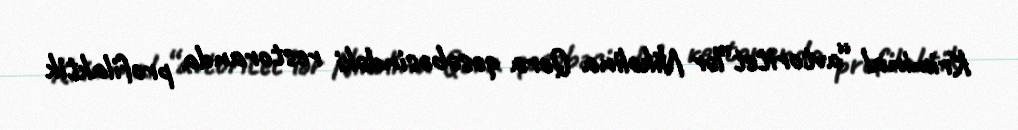
Kriminal “avtoritet”lər Nikolina Qora qəsəbəsindəki restoranda profilaktik